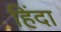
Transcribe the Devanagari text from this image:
हिंदा